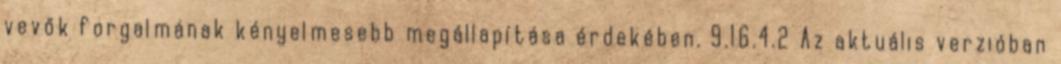
vevők forgalmának kényelmesebb megállapítása érdekében. 9.16.4.2 Az aktuális verzióban